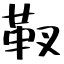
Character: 靫